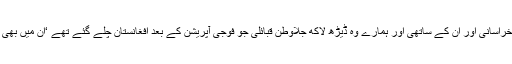
مثلاً مولوی فضل اللہ، خالد خراسانی اور ان کے ساتھی اور ہمارے وہ ڈیڑھ لاکھ جلاوطن قبائلی جو فوجی آپریشن کے بعد افغانستان چلے گئے تھے ‘ان میں بھی کچھ دہشت گرد موجود ہیں۔